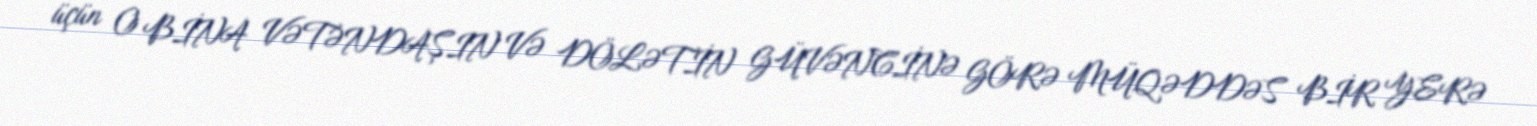
üçün O BİNA VƏTƏNDAŞIN VƏ DÖLƏTİN GÜVƏNCİNƏ GÖRƏ MÜQƏDDƏS BİR YERƏ